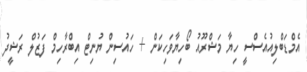
އެމްޑަބްލިއުއެސްސީ ހިޔާ މަޝްރޫއު ބޯހިޔާވަހިކަން + ހައުސިން ޔުނިޓް އިބްރާހިމް ފަޒުލް ރަޝީދު